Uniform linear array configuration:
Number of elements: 4
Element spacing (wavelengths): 0.25
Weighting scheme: binomial
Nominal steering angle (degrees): -60
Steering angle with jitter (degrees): -58.445
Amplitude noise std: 0.05
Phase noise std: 0.05

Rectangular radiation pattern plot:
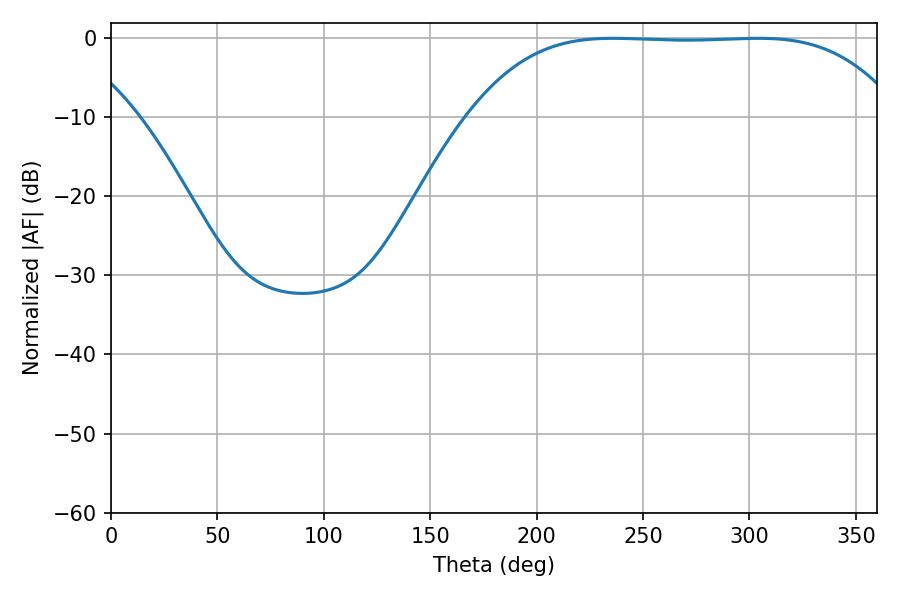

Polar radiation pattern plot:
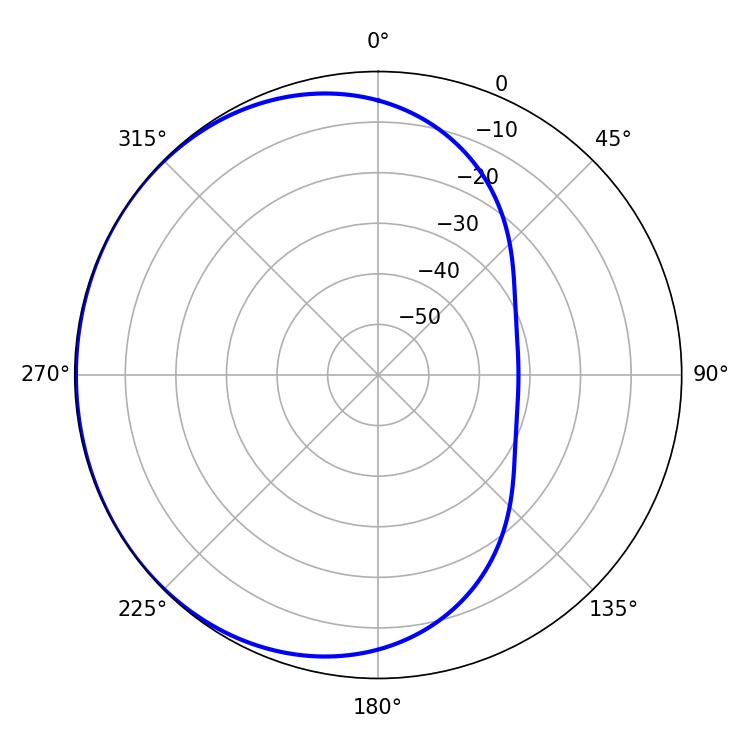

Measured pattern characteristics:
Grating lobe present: FALSE
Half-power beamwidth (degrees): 154.44
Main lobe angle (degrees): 235.98